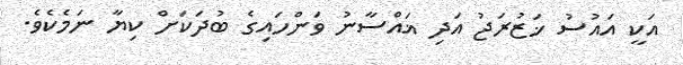
އަކީ އައުސު ޚަޒުރަޖު އަދި ޣައްސާނު ވަންހައިގެ ބުދަކަށް ކިޔާ ނަމެކެވެ.